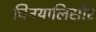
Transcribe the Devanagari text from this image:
चिनयालिसौर